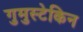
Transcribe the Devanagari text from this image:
गुमुस्टेकिन